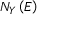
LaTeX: N _ { Y } \left( E \right)